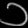
Digit: ၁